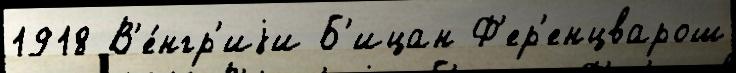
1918 В'е́нгр'иjи Б'ицан Ф'ер'енцварош